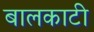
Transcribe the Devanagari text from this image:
बालकाटी